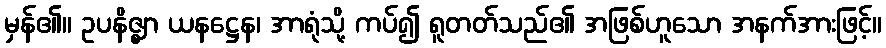
မှန်၏။ ဥပနိဇ္ဈာ ယနဋ္ဌေန၊ အာရုံသို့ ကပ်၍ ရူတတ်သည်၏ အဖြစ်ဟူသော အနက်အားဖြင့်။